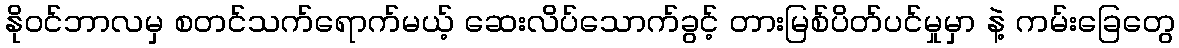
နိုဝင်ဘာလမှ စတင်သက်ရောက်မယ့် ဆေးလိပ်သောက်ခွင့် တားမြစ်ပိတ်ပင်မှုမှာ နဲ့ ကမ်းခြေတွေ